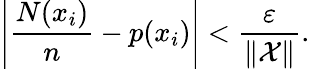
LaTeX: \left|{\frac{N(x_{i})}{n}}-p(x_{i})\right|<{\frac{\varepsilon}{\| {\mathcal{X}}\| }}.